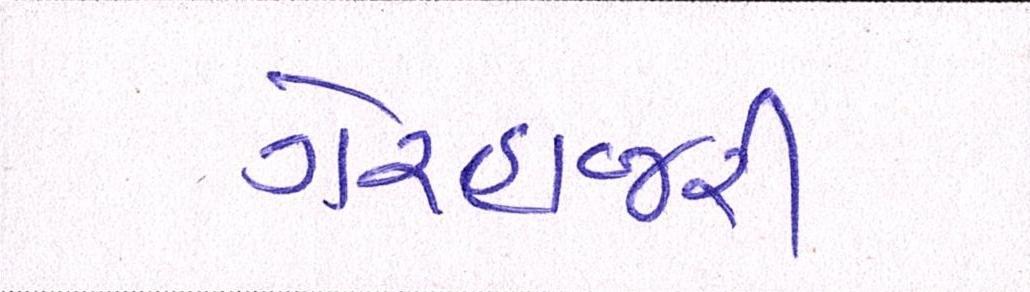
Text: ગેરહાજરી